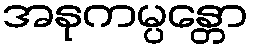
အနုကမ္ပန္တော